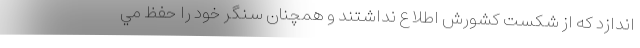
اندازد كه از شكست كشورش اطلاع نداشتند و همچنان سنگر خود را حفظ مي